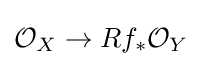
{\mathcal {O}}_{X}\rightarrow Rf_{*}{\mathcal {O}}_{Y}